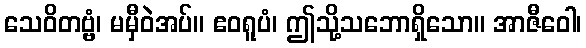
သေဝိတဗ္ဗံ၊ မမှီဝဲအပ်။ ဧဝရူပံ၊ ဤသို့သဘောရှိသော။ အာဇီဝေါ၊